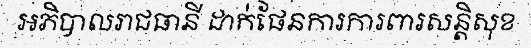
អភិបាលរាជធានី ដាក់ផែនការការពារសន្តិសុខ